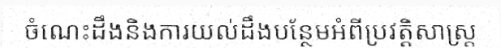
ចំណេះដឹងនិងការយល់ដឹងបន្ថែមអំពីប្រវត្តិសាស្ត្រ